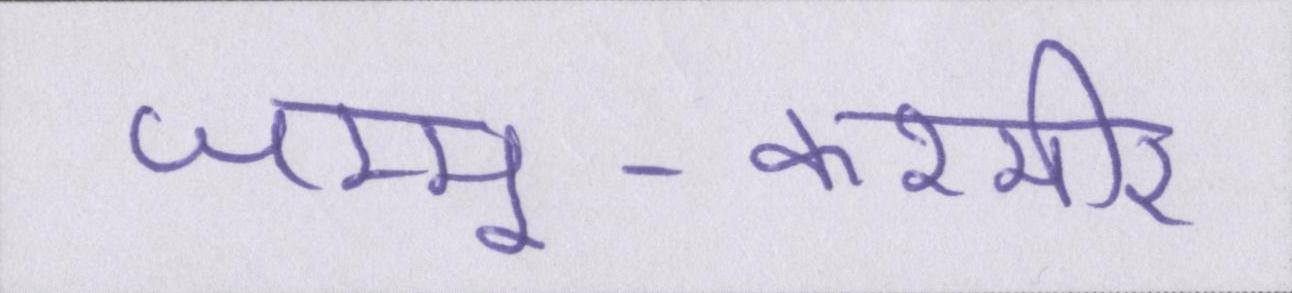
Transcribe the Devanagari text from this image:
जम्मू-कश्मीर